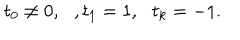
LaTeX: t _ { 0 } \neq 0 , \, \, \, \, , t _ { 1 } = 1 , \, \, \, \, t _ { k } = - 1 .